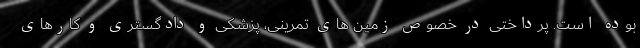
بوده است. پرداختی در خصوص زمین های تمرینی، پزشکی و دادگستری و کارهای